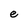
Character: e